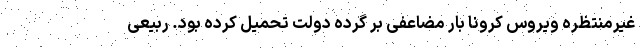
غیرمنتظره ویروس کرونا بار مضاعفی بر گرده دولت تحمیل کرده بود. ربیعی